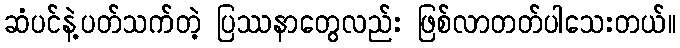
ဆံပင်နဲ့ပတ်သက်တဲ့ ပြဿနာတွေလည်း ဖြစ်လာတတ်ပါသေးတယ်။